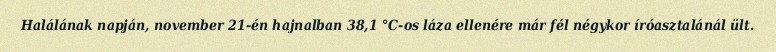
Halálának napján, november 21-én hajnalban 38,1 °C-os láza ellenére már fél négykor íróasztalánál ült.